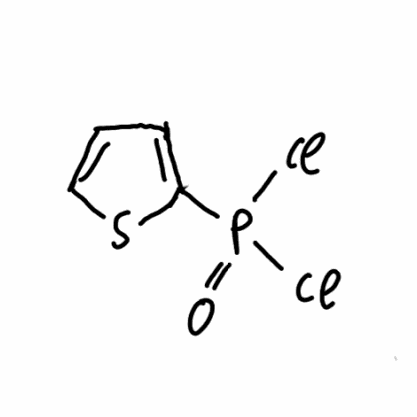
Simplified molecular-input line-entry system (SMILES) notation of the given molecule:
C1=CSC(=C1)P(=O)(Cl)Cl